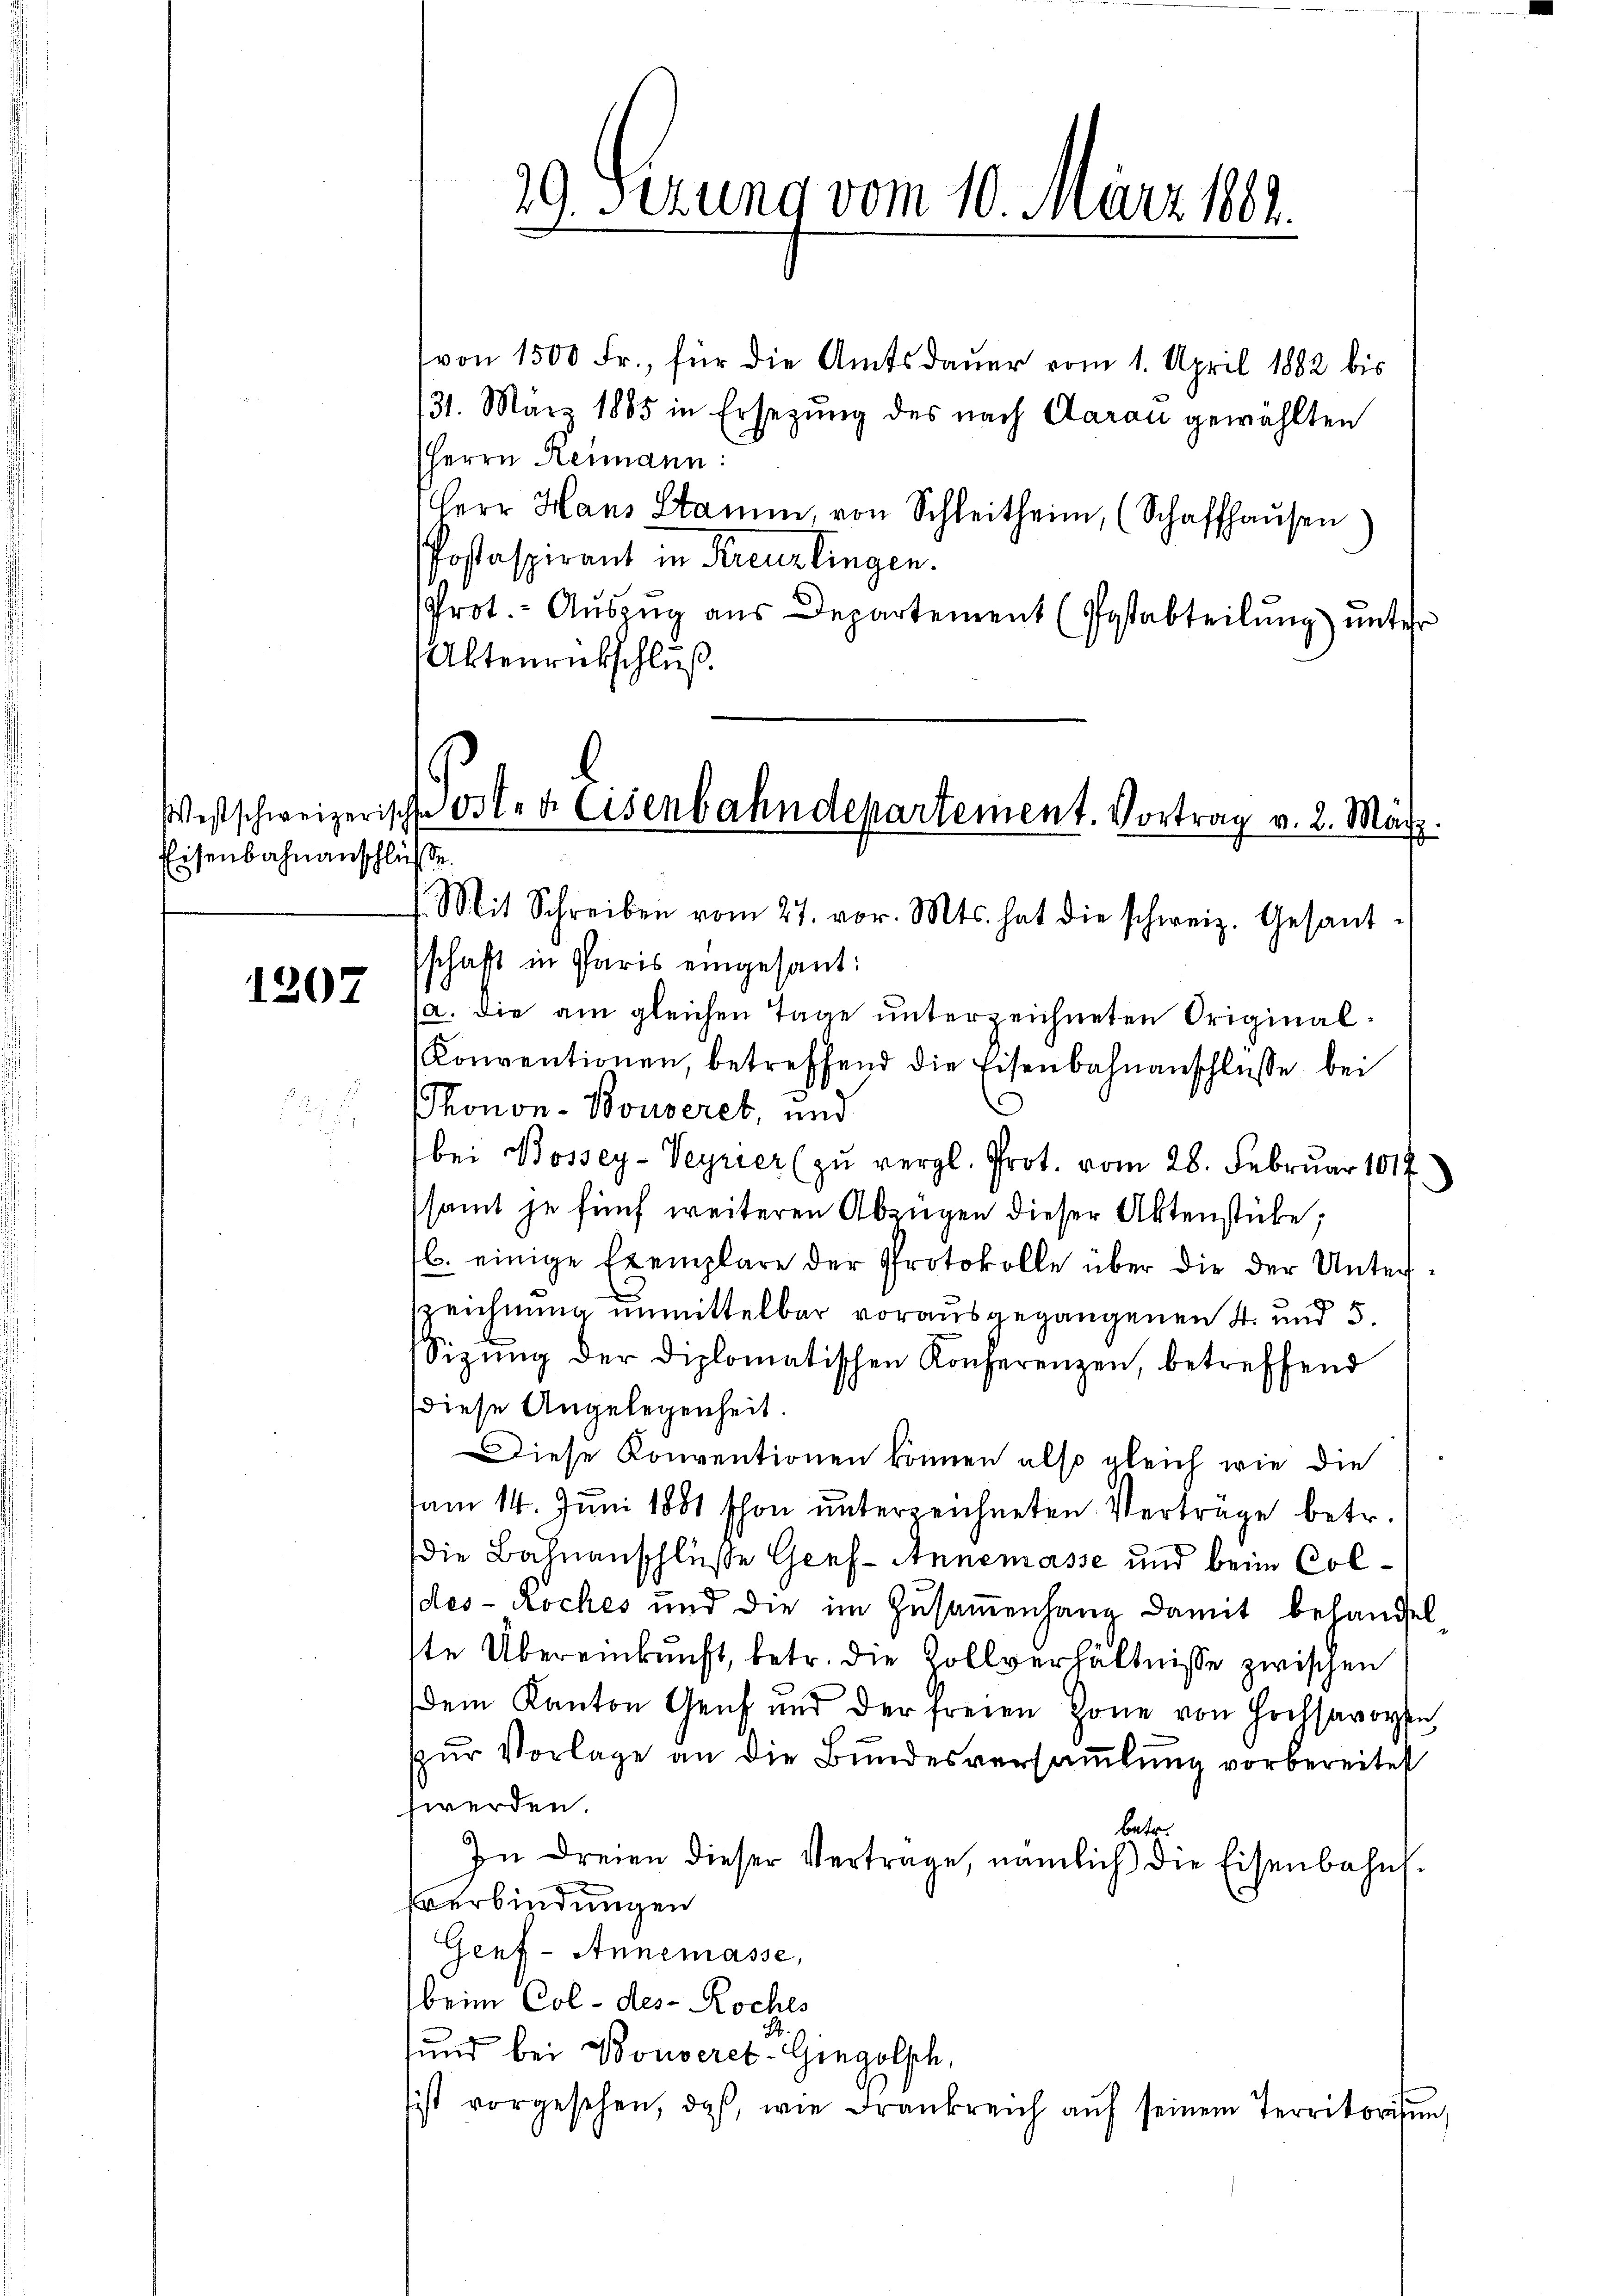
Eisenbahnanschlüsse.

1207

29. Serung vom 10. März 184.

von 1500 Fr., für die Amtsdauer vom 1. April 1882 bis
131. März 1885 in Ersezung des nach Aarau gewählten
HHerrn Reimann:
Herr Hans Stamm, von Schleitheim, (Schaffhaŭsen)
Postaspirant in Kreuzlingen.
Prot. - Auszug aus Departement (Postabteilung) unter
Aktenrückschluß.

(a. die am gleichen Tage unterzeichneten Original¬
Konventionen, betreffend die Eisenbahnanschlüsse bei
Thonon-Bouseret, und
bei Bossey-Veyrier (zu vergl. Prot. vom 28. Februar 1814
samt je fünf weiteren Abzügen dieser Aktenstüke;
l. einige Exemplare der Protokolle über die der Unterzeichnung unmittelbar vorausgegangenen 4. und 5.
Sizŭng der diplomatischen Konferenzen, betreffend
diese Angelegenheit.
Diese Konventionen können also gleich wie die
am 14. Juni 1881 schon unterzeichneten Verträge betr.
die Bahnanschlüße Genf - Annemasse und beim Coldes- Koches und die im Zusammenhang damit behandelste Übereinkunft, betr. die Zollverhältnisse zwischen
dem Kanton Genf und der freien Zone von Hochsavoyen,
zur Vorlage an die Bundesversamlung vorbereitet
werden.
betr.
In dreien dieser Vertrage, nämlich die Eisenbahn¬
Everbindungen
Genf - Annemasse,
beim Col- des Koches
und bei Konseret-Gingolsch,
sist vorgesehen, daß, wie Frankreich aŭf seinem Territorisŭng

Westschweizerische Orte d. Eisenbahndepartement. Vortrag v. 2. März.
. Mit Schreiben vom 27. vor. Mts. hat die schweiz. Gesandschaft in Paris eingesant: